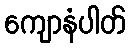
ကျောနံပါတ်